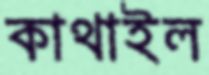
কাথাইল